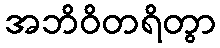
အဘိဝိတရိတွာ